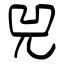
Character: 兕